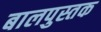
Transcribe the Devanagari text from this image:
बालपुस्तक